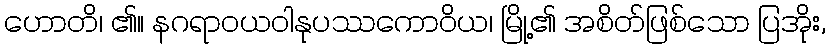
ဟောတိ၊ ၏။ နဂရာဝယဝါနုပဿကောဝိယ၊ မြို့၏ အစိတ်ဖြစ်သော ပြအိုး,